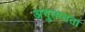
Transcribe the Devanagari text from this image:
अनुतप्तता